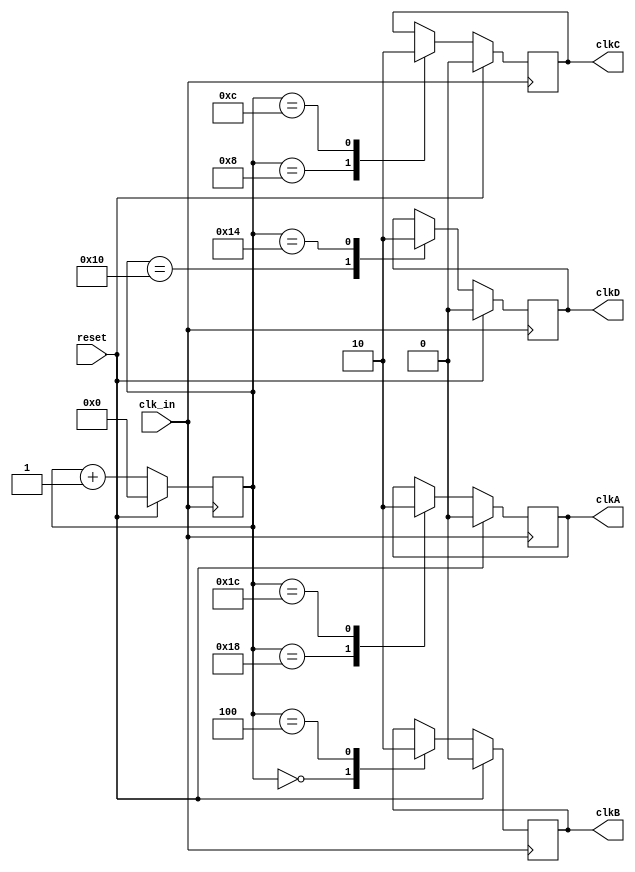
//`timescale 1ns/1ns
//`define timeslice 100
/*
clk_in: <-  SCL
reset:  <-  RESET
clkA:   ->  (CarbonCore)  
clkB:   ->  (CarbonCore)
clkC:   ->  (Decoder)
clkD:   ->  (Decoder)
*/
module Clk_gen(
	input clk_in, 
	input reset, 
	output reg clkA,
	output reg clkB, 
	output reg clkC, 
	output reg clkD
);
  reg [5:0] count;

  always@(posedge clk_in)
    begin 
      if(reset)
        begin
          count <= 0;
          clkA <= 0;
          clkB <= 0;
          clkC <= 0;
          clkD <= 0;
        end
      else
        begin
          case(count)
            6'd0:
              begin
                clkB <= 1;
                count <= count+1;
              end
            6'd4:
              begin 
                clkB <= 0;
                count <= count+1;
              end
            6'd8:
              begin
                clkC <= 1;
                count <= count+1;
              end
            6'd12:
              begin
                clkC <= 0;
                count <= count+1;
              end
            6'd16:
              begin 
                clkD <= 1;
                count <= count+1;
              end
            6'd20:
              begin 
                clkD <= 0;
                count <= count+1;
              end
				6'd24:
				  begin
				    clkA <= 1;
					 count <= count+1;
				  end
				6'd28:
				  begin
					 clkA <= 0;
					 count <= count+1;
				  end
				  default: count <= count+1;
        endcase
      end
    end  
endmodule